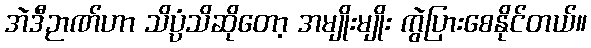
အဲဒီဉာဏ်ဟာ သိပ္ပံသိဆိုတော့ အမျိုးမျိုး ကွဲပြားစေနိုင်တယ်။